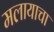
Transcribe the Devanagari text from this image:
मलायाचा